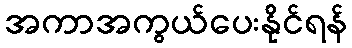
အကာအကွယ်ပေးနိုင်ရန်